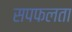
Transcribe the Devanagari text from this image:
सपफलता